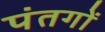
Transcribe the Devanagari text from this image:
पंतगों